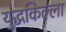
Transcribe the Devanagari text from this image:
युद्धकिल्ला